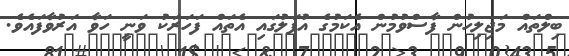
ބިލްތައް މަޖިލިހުން ފާސްވުމުން އެކަމުގެ އުފަލުގައި އެތައް ފަހަރަކު ވަނީ ހަވާ އަރުވާފައެވެ.